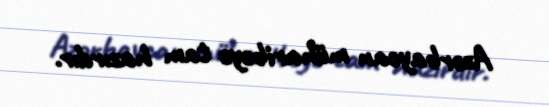
Azərbaycan müharibəyə tam hazırdır.